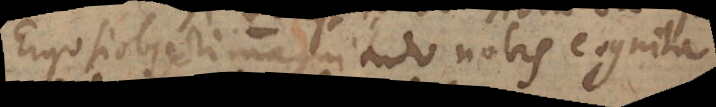
Ergo si objecti magnitudo nobis cognita